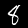
Label: 8